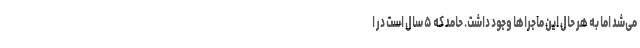
می‌شد اما به هر حال این ماجراها وجود داشت. حامد که ۵ سال است در ا